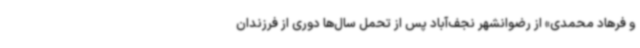
و فرهاد محمدی» از رضوانشهر نجف‌آباد پس از تحمل سال‌ها دوری از فرزندان